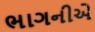
ભાગનીએ